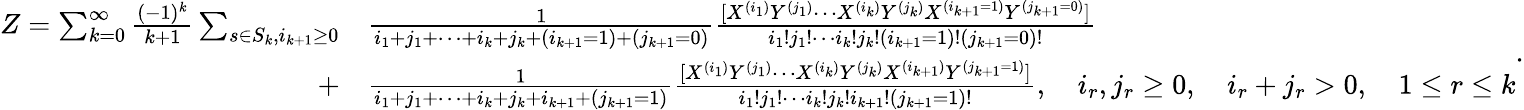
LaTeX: {\begin{array}{rl}{Z=\sum_{k=0}^{\infty}{\frac{(-1)^{k}}{k+1}}\sum_{s\in S_{k},i_{k+1}\geq 0}}&{{}{\frac{1}{i_{1}+j_{1}+\cdots+i_{k}+j_{k}+(i_{k+1}=1)+(j_{k+1}=0)}}{\frac{[X^{(i_{1})}Y^{(j_{1})}\cdots X^{(i_{k})}Y^{(j_{k})}X^{(i_{k+1}=1)}Y^{(j_{k+1}=0)}]}{i_{1}!j_{1}!\cdots i_{k}!j_{k}!(i_{k+1}=1)!(j_{k+1}=0)!}}}\\ {+}&{{}{\frac{1}{i_{1}+j_{1}+\cdots+i_{k}+j_{k}+i_{k+1}+(j_{k+1}=1)}}{\frac{[X^{(i_{1})}Y^{(j_{1})}\cdots X^{(i_{k})}Y^{(j_{k})}X^{(i_{k+1})}Y^{(j_{k+1}=1)}]}{i_{1}!j_{1}!\cdots i_{k}!j_{k}!i_{k+1}!(j_{k+1}=1)!}},\quad i_{r},j_{r}\geq 0,\quad i_{r}+j_{r}>0,\quad 1\leq r\leq k}\end{array}}.